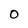
Character: O